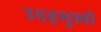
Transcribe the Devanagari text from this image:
उदहमुखो